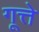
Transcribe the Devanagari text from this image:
गूत्ते